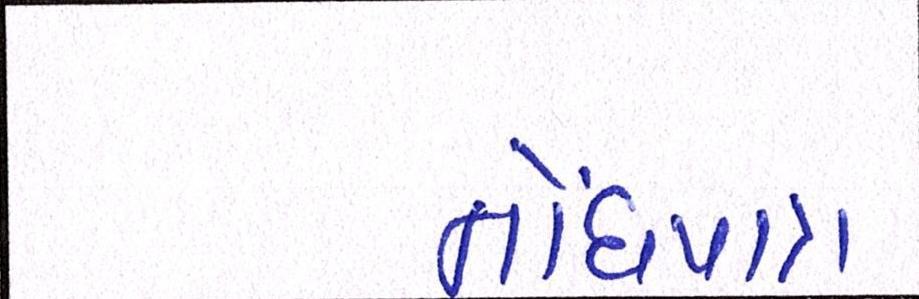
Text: નોંધપાત્ર